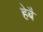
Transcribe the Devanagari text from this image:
हेबै